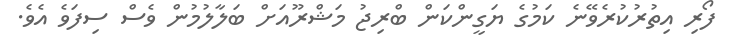
ފޯރި އިތުރުކުރެވޭނެ ކަމުގެ ޔަގީންކަން ބްރިޖު މަޝްރޫއަށް ބަލާލުމުން ވެސް ސިފަވެ އެވެ.